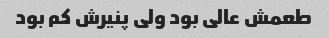
طعمش عالی بود ولی پنیرش کم بود